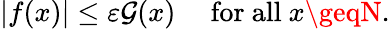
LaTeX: |f(x)|\leq\varepsilon\mathcal{G}(x)\quad{\mathrm{{~for~all~}}}x\geqN.